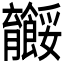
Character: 𬛠